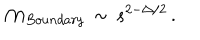
LaTeX: { \cal M } _ { B o u n d a r y } \, \sim \, s ^ { 2 - \Delta / 2 } \, .